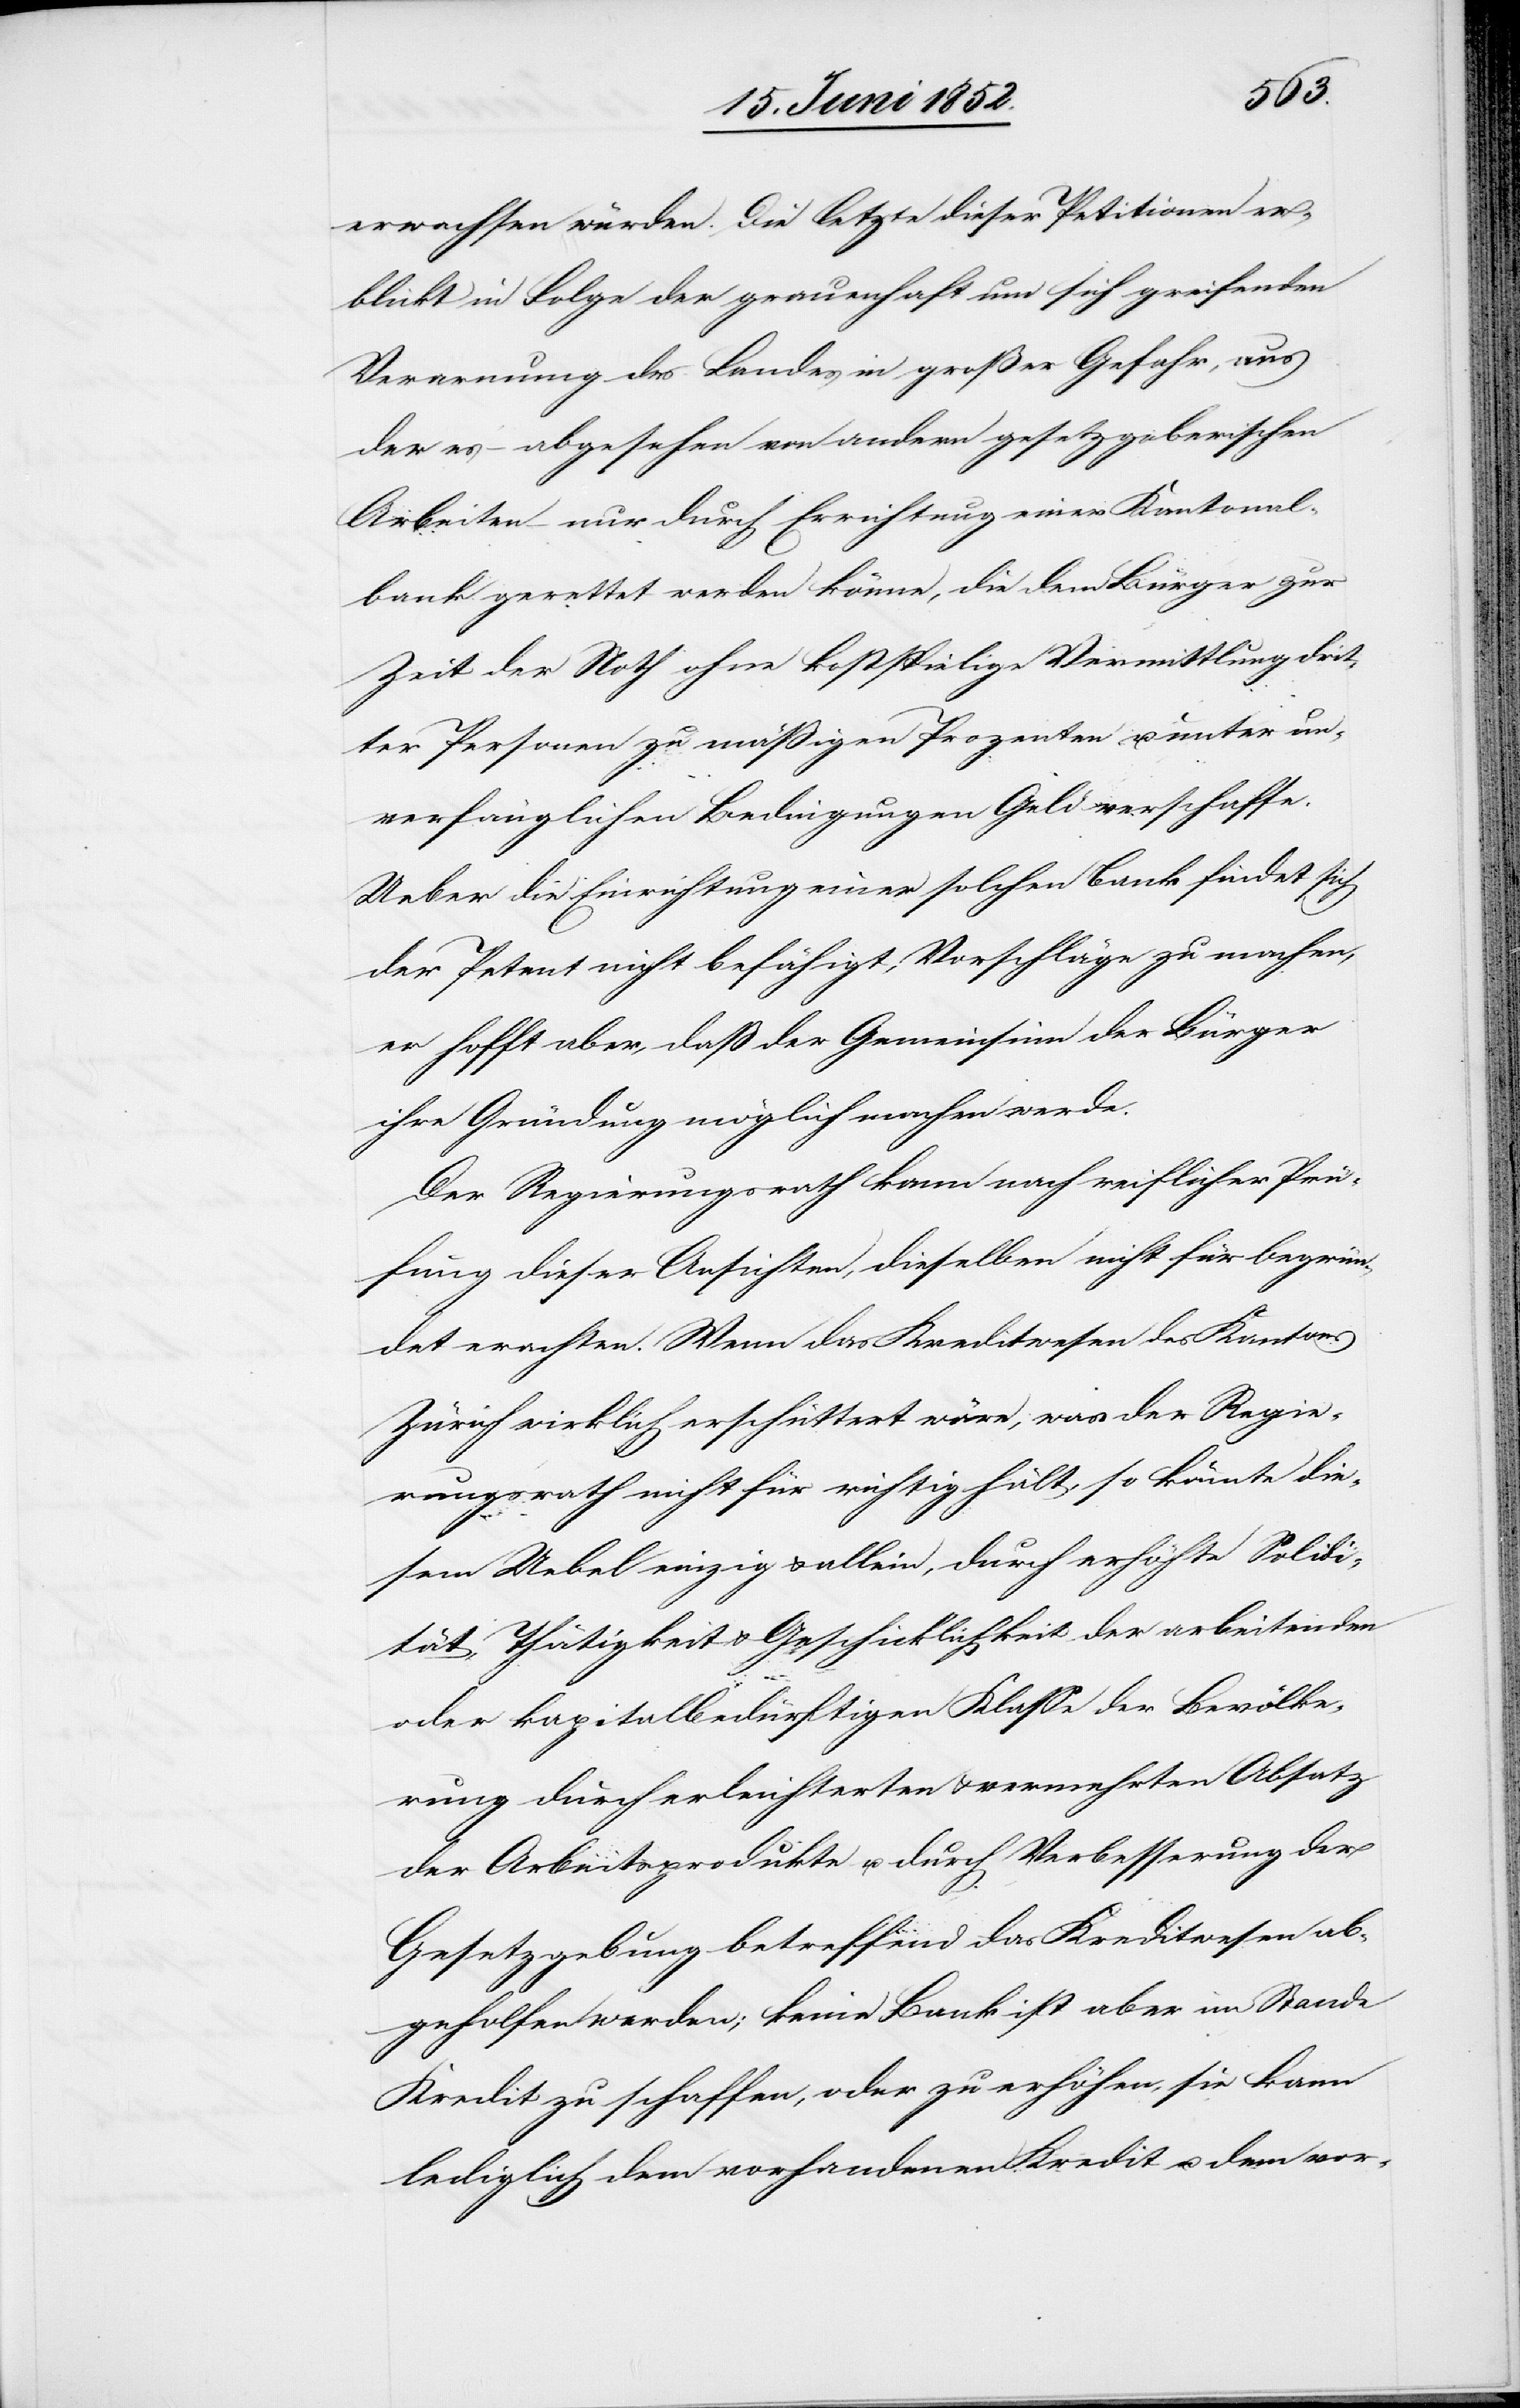
erwachsen würden. Die letzte dieser Petitionen er¬
blickt in Folge der grauenhaft um sich greifenden
der es – abgesehen von andern gesetzgeberischen
Arbeiten – nur durch Errichtung einer Kantonal¬
bank gerettet werden könne, die dem Bürger zur
Zeit der Noth ohne kostspielige Vermittlung drit¬
ter Personen zu mäßigen Prozenten u. unter un¬
verfänglichen Bedingungen Geld verschaffe.
Ueber die Einrichtung einer solchen Bank findet sich
der Petent nicht befähigt, Vorschläge zu machen,
er hofft aber, daß der Gemeinsinn der Bürger
ihre Gründung möglich machen werde.
Der Regierungsrath kann nach reiflicher Prü¬
fung dieser Ansichten, dieselben nicht für begrün¬
det erachten. Wenn das Kreditwesen des Kantons
Zürich wirklich erschüttert wäre, was der Regie¬
rungsrath nicht für richtig hält, so könnte die¬
sem Uebel einzig & allein, durch erhöhte Solidi¬
tät, Thätigkeit & Geschicklichkeit der arbeitenden
oder kapitalbedürftigen Klasse der Bevölke¬
rung durch erleichterten & vermehrten Absatz
der Arbeitsprodukte u. durch Verbesserung der
Gesetzgebung betreffend das Kreditwesen ab¬
geholfen werden; keine Bank ist aber im Stande
Kredit zu schaffen, oder zu erhöhen, sie kann
lediglich dem vorhandenen Kredit u. dem vor-